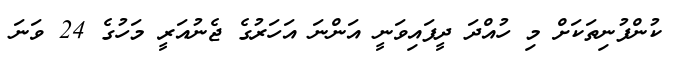
ކުންފުނިތަކަށް މި ހުއްދަ ދީފައިވަނީ އަންނަ އަހަރުގެ ޖެނުއަރީ މަހުގެ 24 ވަަނަ